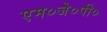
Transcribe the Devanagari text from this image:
एम०जे०पी०